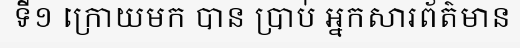
ទី១ ក្រោយមក បាន ប្រាប់ អ្នកសារព័ត៌មាន